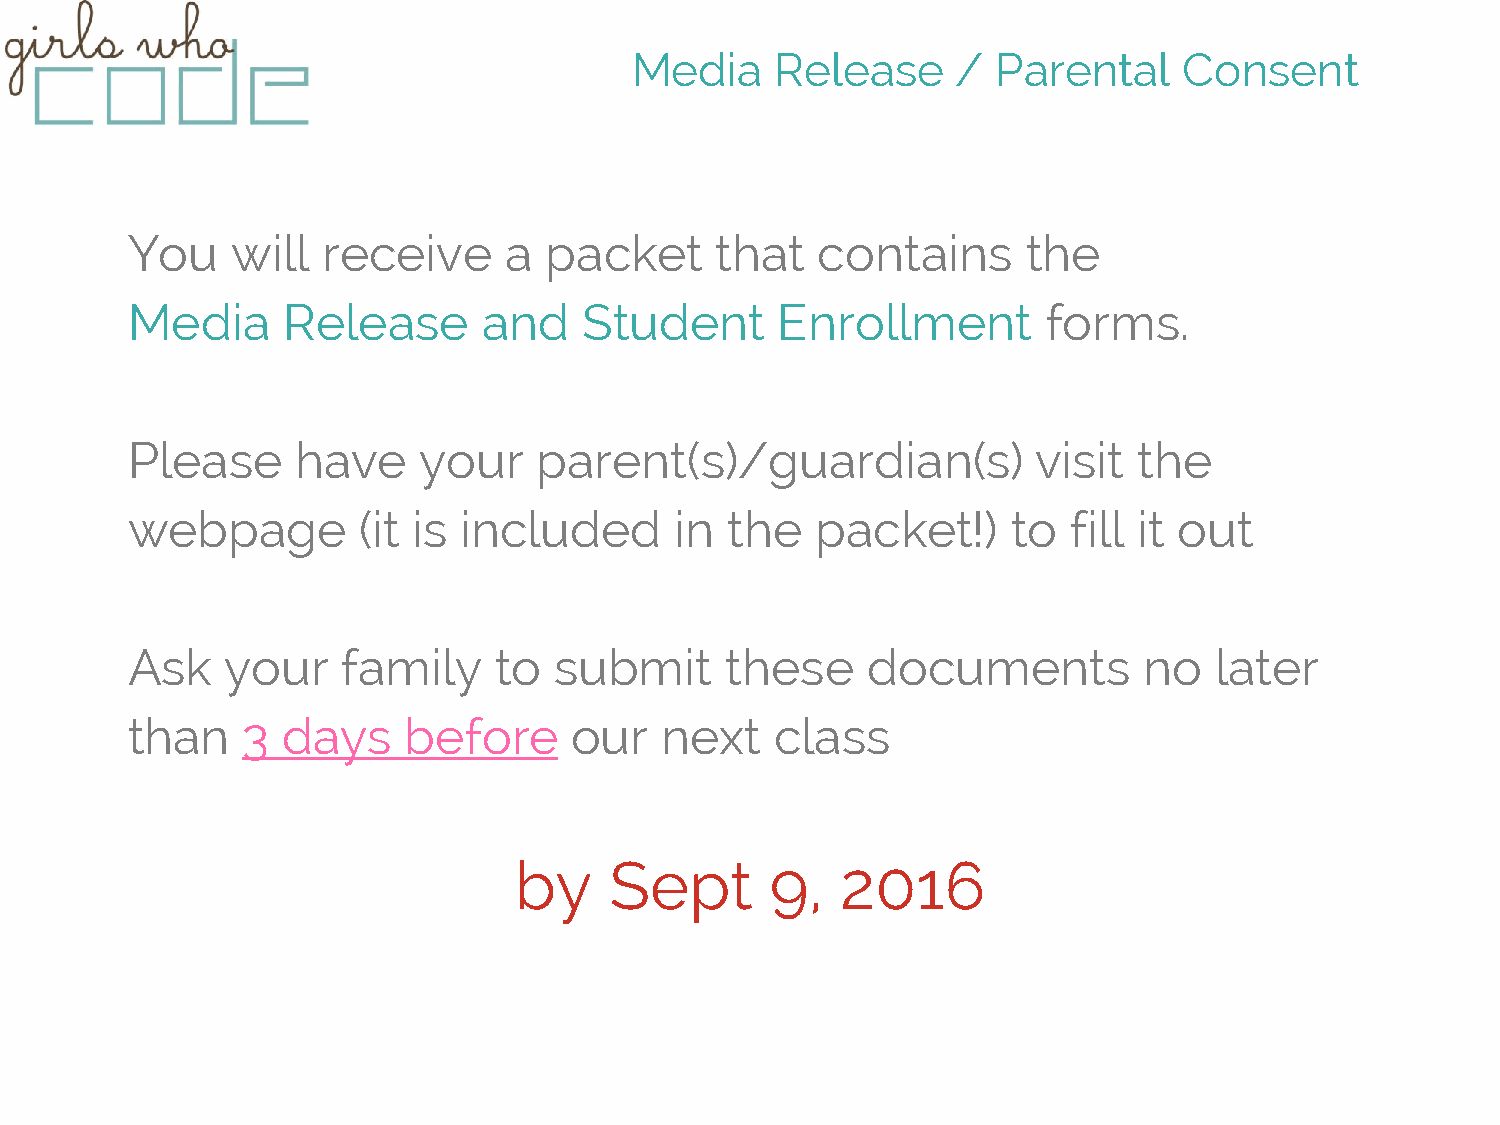
Media    Release     /  Parental    Consent
 You    will  receive     a  packet     that   contains      the
 Media      Release      and    Student      Enrollment       forms.
 Please      have    your    parent(s)/guardian(s)            visit the
 webpage         (it is included      in the   packet!)     to  fill it out
 Ask    your    family    to  submit     these    documents          no  later
 than    3  days    before     our   next   class
 by    Sept       9,   2016